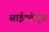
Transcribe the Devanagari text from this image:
साईक्लेड्स